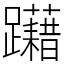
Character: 躤